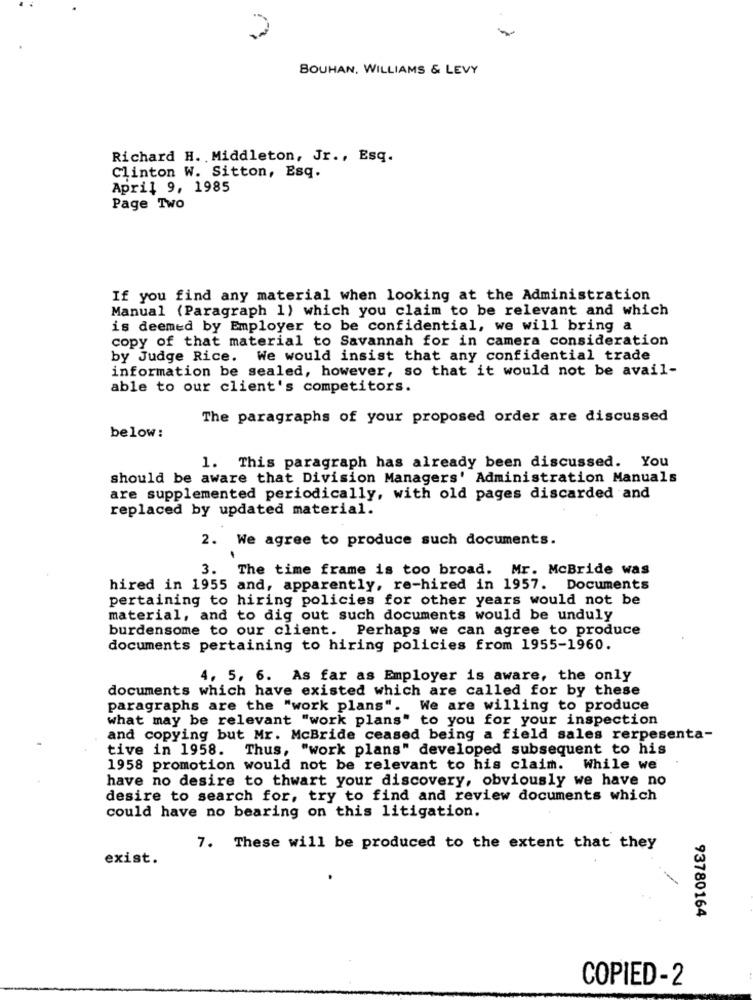
1
BOUHAN. WILLIAMS & LEVY
Richard H. Middleton, Jr ., Esq.
Clinton W. Sitton, Esq.
April 9, 1985
Page Two
If you find any material when looking at the Administration
Manual (Paragraph 1) which you claim to be relevant and which
is deemed by Employer to be confidential, we will bring a
copy of that material to Savannah for in camera consideration
by Judge Rice. We would insist that any confidential trade
information be sealed, however, so that it would not be avail-
able to our client's competitors.
The paragraphs of your proposed order are discussed
below:
1. This paragraph has already been discussed. You
should be aware that Division Managers' Administration Manuals
are supplemented periodically, with old pages discarded and
replaced by updated material.
2. We agree to produce such documents.
3. The time frame is too broad. Mr. McBride was
hired in 1955 and, apparently, re-hired in 1957. Documents
pertaining to hiring policies for other years would not be
material, and to dig out such documents would be unduly
burdensome to our client. Perhaps we can agree to produce
documents pertaining to hiring policies from 1955-1960.
4, 5, 6. As far as Employer is aware, the only
documents which have existed which are called for by these
paragraphs are the "work plans". We are willing to produce
what may be relevant "work plans" to you for your inspection
and copying but Mr. McBride ceased being a field sales rerpesenta-
tive in 1958. Thus, "work plans" developed subsequent to his
1958 promotion would not be relevant to his claim. While we
have no desire to thwart your discovery, obviously we have no
desire to search for, try to find and review documents which
could have no bearing on this litigation.
7. These will be produced to the extent that they
exist.
93780164
COPIED-2